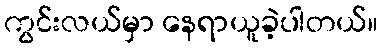
ကွင်းလယ်မှာ နေရာယူခဲ့ပါတယ်။